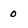
Character: 0